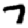
Digit: 7